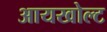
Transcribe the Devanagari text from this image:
आयखोल्ट